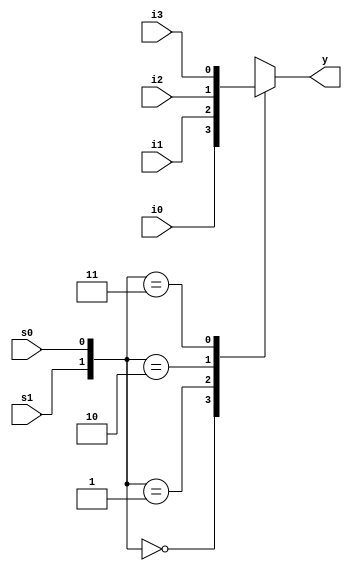
module mux41(input i0,i1,i2,i3,s1,s0,output reg y);

always @ *

case ({s1,s0})

0: y=i0;
1:y=i1;
2:y=i2;
3: y=i3;

default : y=0;
endcase

endmodule